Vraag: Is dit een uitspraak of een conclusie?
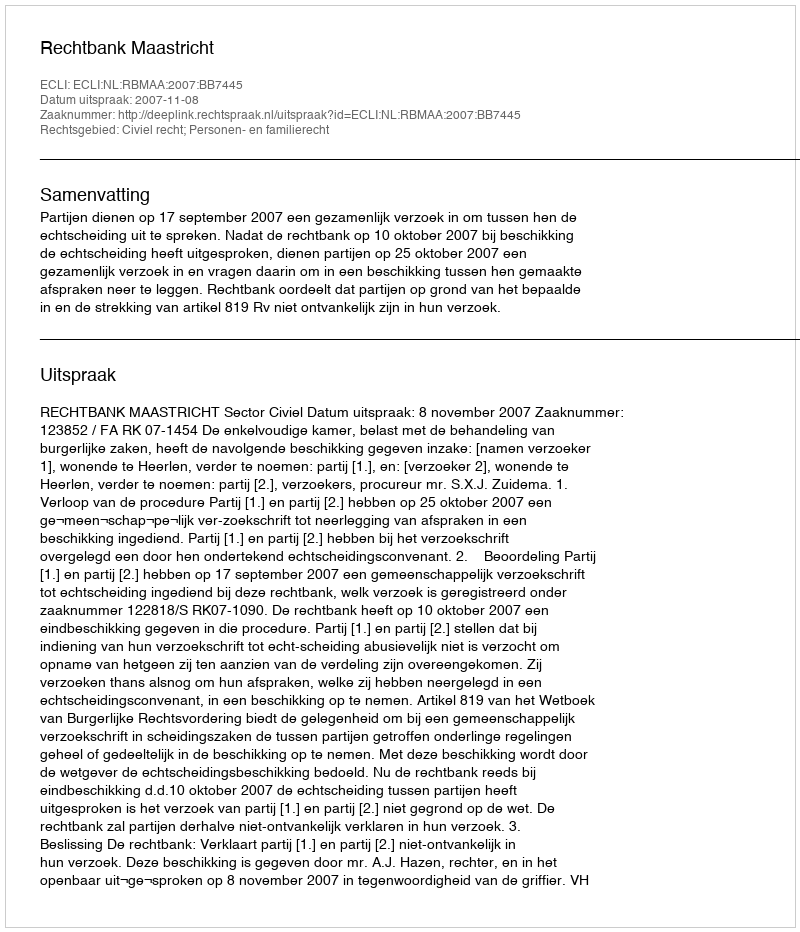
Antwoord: Uitspraak